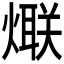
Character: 𱬏